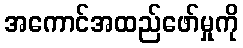
အကောင်အထည်ဖော်မှုကို